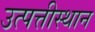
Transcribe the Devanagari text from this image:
उत्पत्तीस्थान